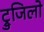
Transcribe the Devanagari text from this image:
ट्रुजिलो